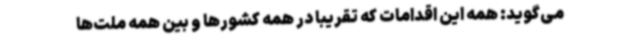
می‌گوید: همه این اقدامات که تقریبا در همه کشورها و بین همه ملت‌ها